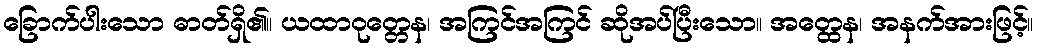
ခြောက်ပါးသော ဓာတ်ရှိ၏။ ယထာဝုတ္တေန၊ အကြင်အကြင် ဆိုအပ်ပြီးသော။ အတ္ထေန၊ အနက်အားဖြင့်။